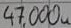
Text: 47,000u